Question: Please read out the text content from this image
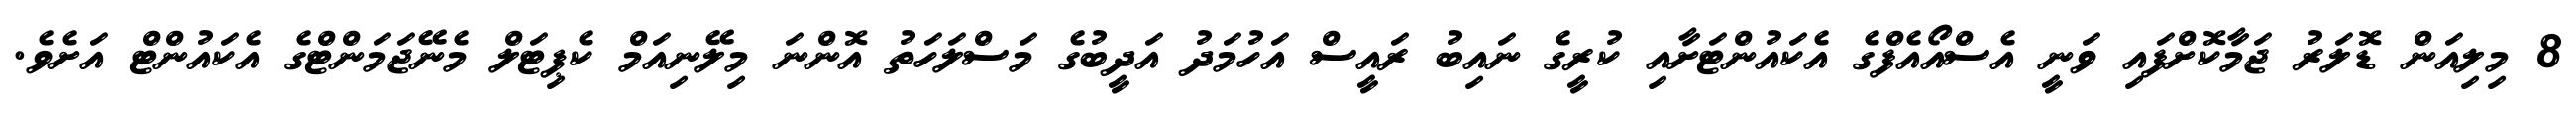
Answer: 8 މިލިއަން ޑޮލަރު ޖަމާކޮށްފައި ވަނީ އެސްއޯއެފްގެ އެކައުންޓަށާއި ކުރީގެ ނައިބު ރައީސް އަހުމަދު އަދީބުގެ މަސްލަހަތު އޮންނަ މިލޭނިއަމް ކެޕިޓަލް މެނޭޖަމަންޓްގެ އެކައުންޓް އަށެވެ.